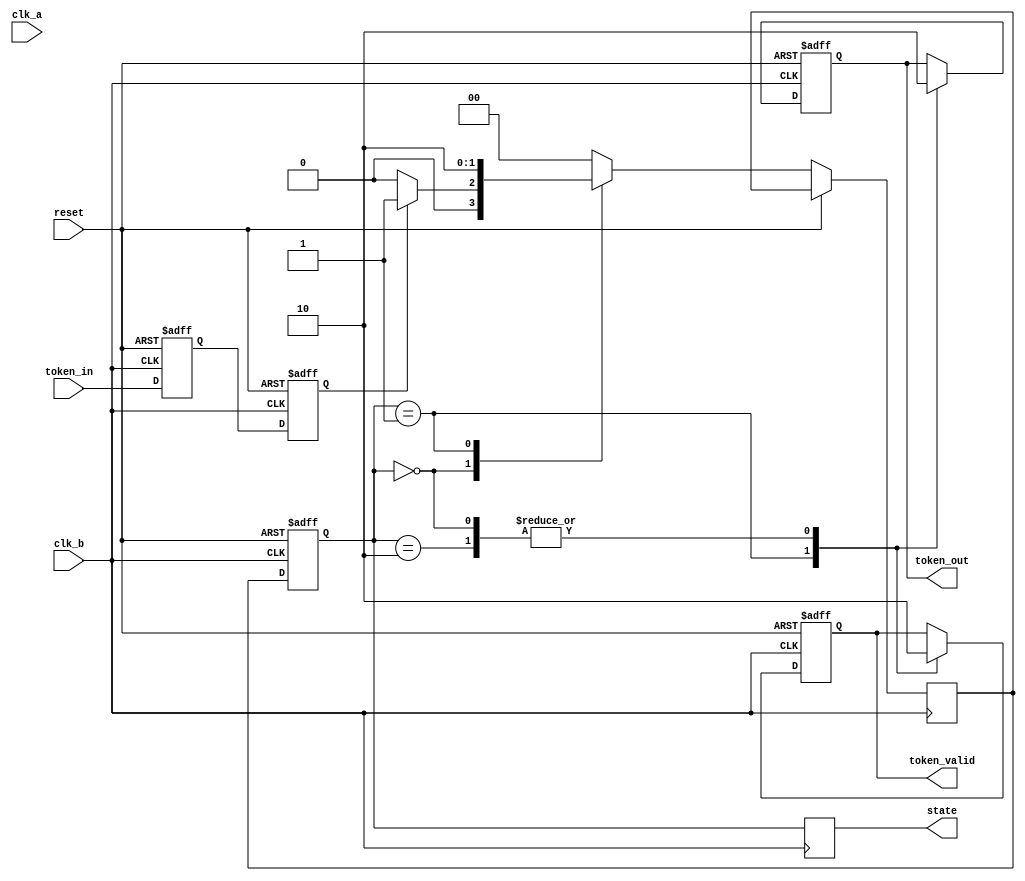
module TokenRingSynchronizer (
    input wire clk_a,         // Clock for domain A
    input wire clk_b,         // Clock for domain B
    input wire reset,         // Global reset
    input wire token_in,      // Incoming token signal from domain A
    output reg token_out,     // Synchronized token signal for domain B
    output reg token_valid,    // Indicates valid token output
    output reg [1:0] state    // State of the FSM
);

    // State encoding
    localparam IDLE         = 2'b00;
    localparam RECEIVING    = 2'b01;
    localparam TRANSMITTING = 2'b10;

    // Synchronization registers
    reg token_sync_1;
    reg token_sync_2;

    // FSM state
    reg [1:0] current_state, next_state;

    // Dual flip-flop synchronization
    always @(posedge clk_b or posedge reset) begin
        if (reset) begin
            token_sync_1 <= 1'b0;
            token_sync_2 <= 1'b0;
        end else begin
            token_sync_1 <= token_in; // First stage of synchronization
            token_sync_2 <= token_sync_1; // Second stage of synchronization
        end
    end

    // FSM for token management
    always @(posedge clk_b or posedge reset) begin
        if (reset) begin
            current_state <= IDLE;
            token_out <= 1'b0;
            token_valid <= 1'b0;
        end else begin
            current_state <= next_state;
            case (current_state)
                IDLE: begin
                    token_out <= 1'b0;
                    token_valid <= 1'b0;
                    if (token_sync_2) begin
                        next_state <= RECEIVING;
                    end else begin
                        next_state <= IDLE;
                    end
                end
                RECEIVING: begin
                    token_out <= 1'b1; // Capture the token
                    token_valid <= 1'b1; // Indicate valid token
                    next_state <= TRANSMITTING;
                end
                TRANSMITTING: begin
                    // Logic to pass the token to the next node
                    // For simplicity, we assume the token is passed immediately
                    token_out <= 1'b0; // Release the token
                    token_valid <= 1'b0; // Indicate token is no longer valid
                    next_state <= IDLE; // Go back to idle
                end
                default: begin
                    next_state <= IDLE; // Default to idle on error
                end
            endcase
        end
    end

    // Output state for debugging
    always @(posedge clk_b) begin
        state <= current_state;
    end

endmodule